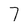
Character: 7